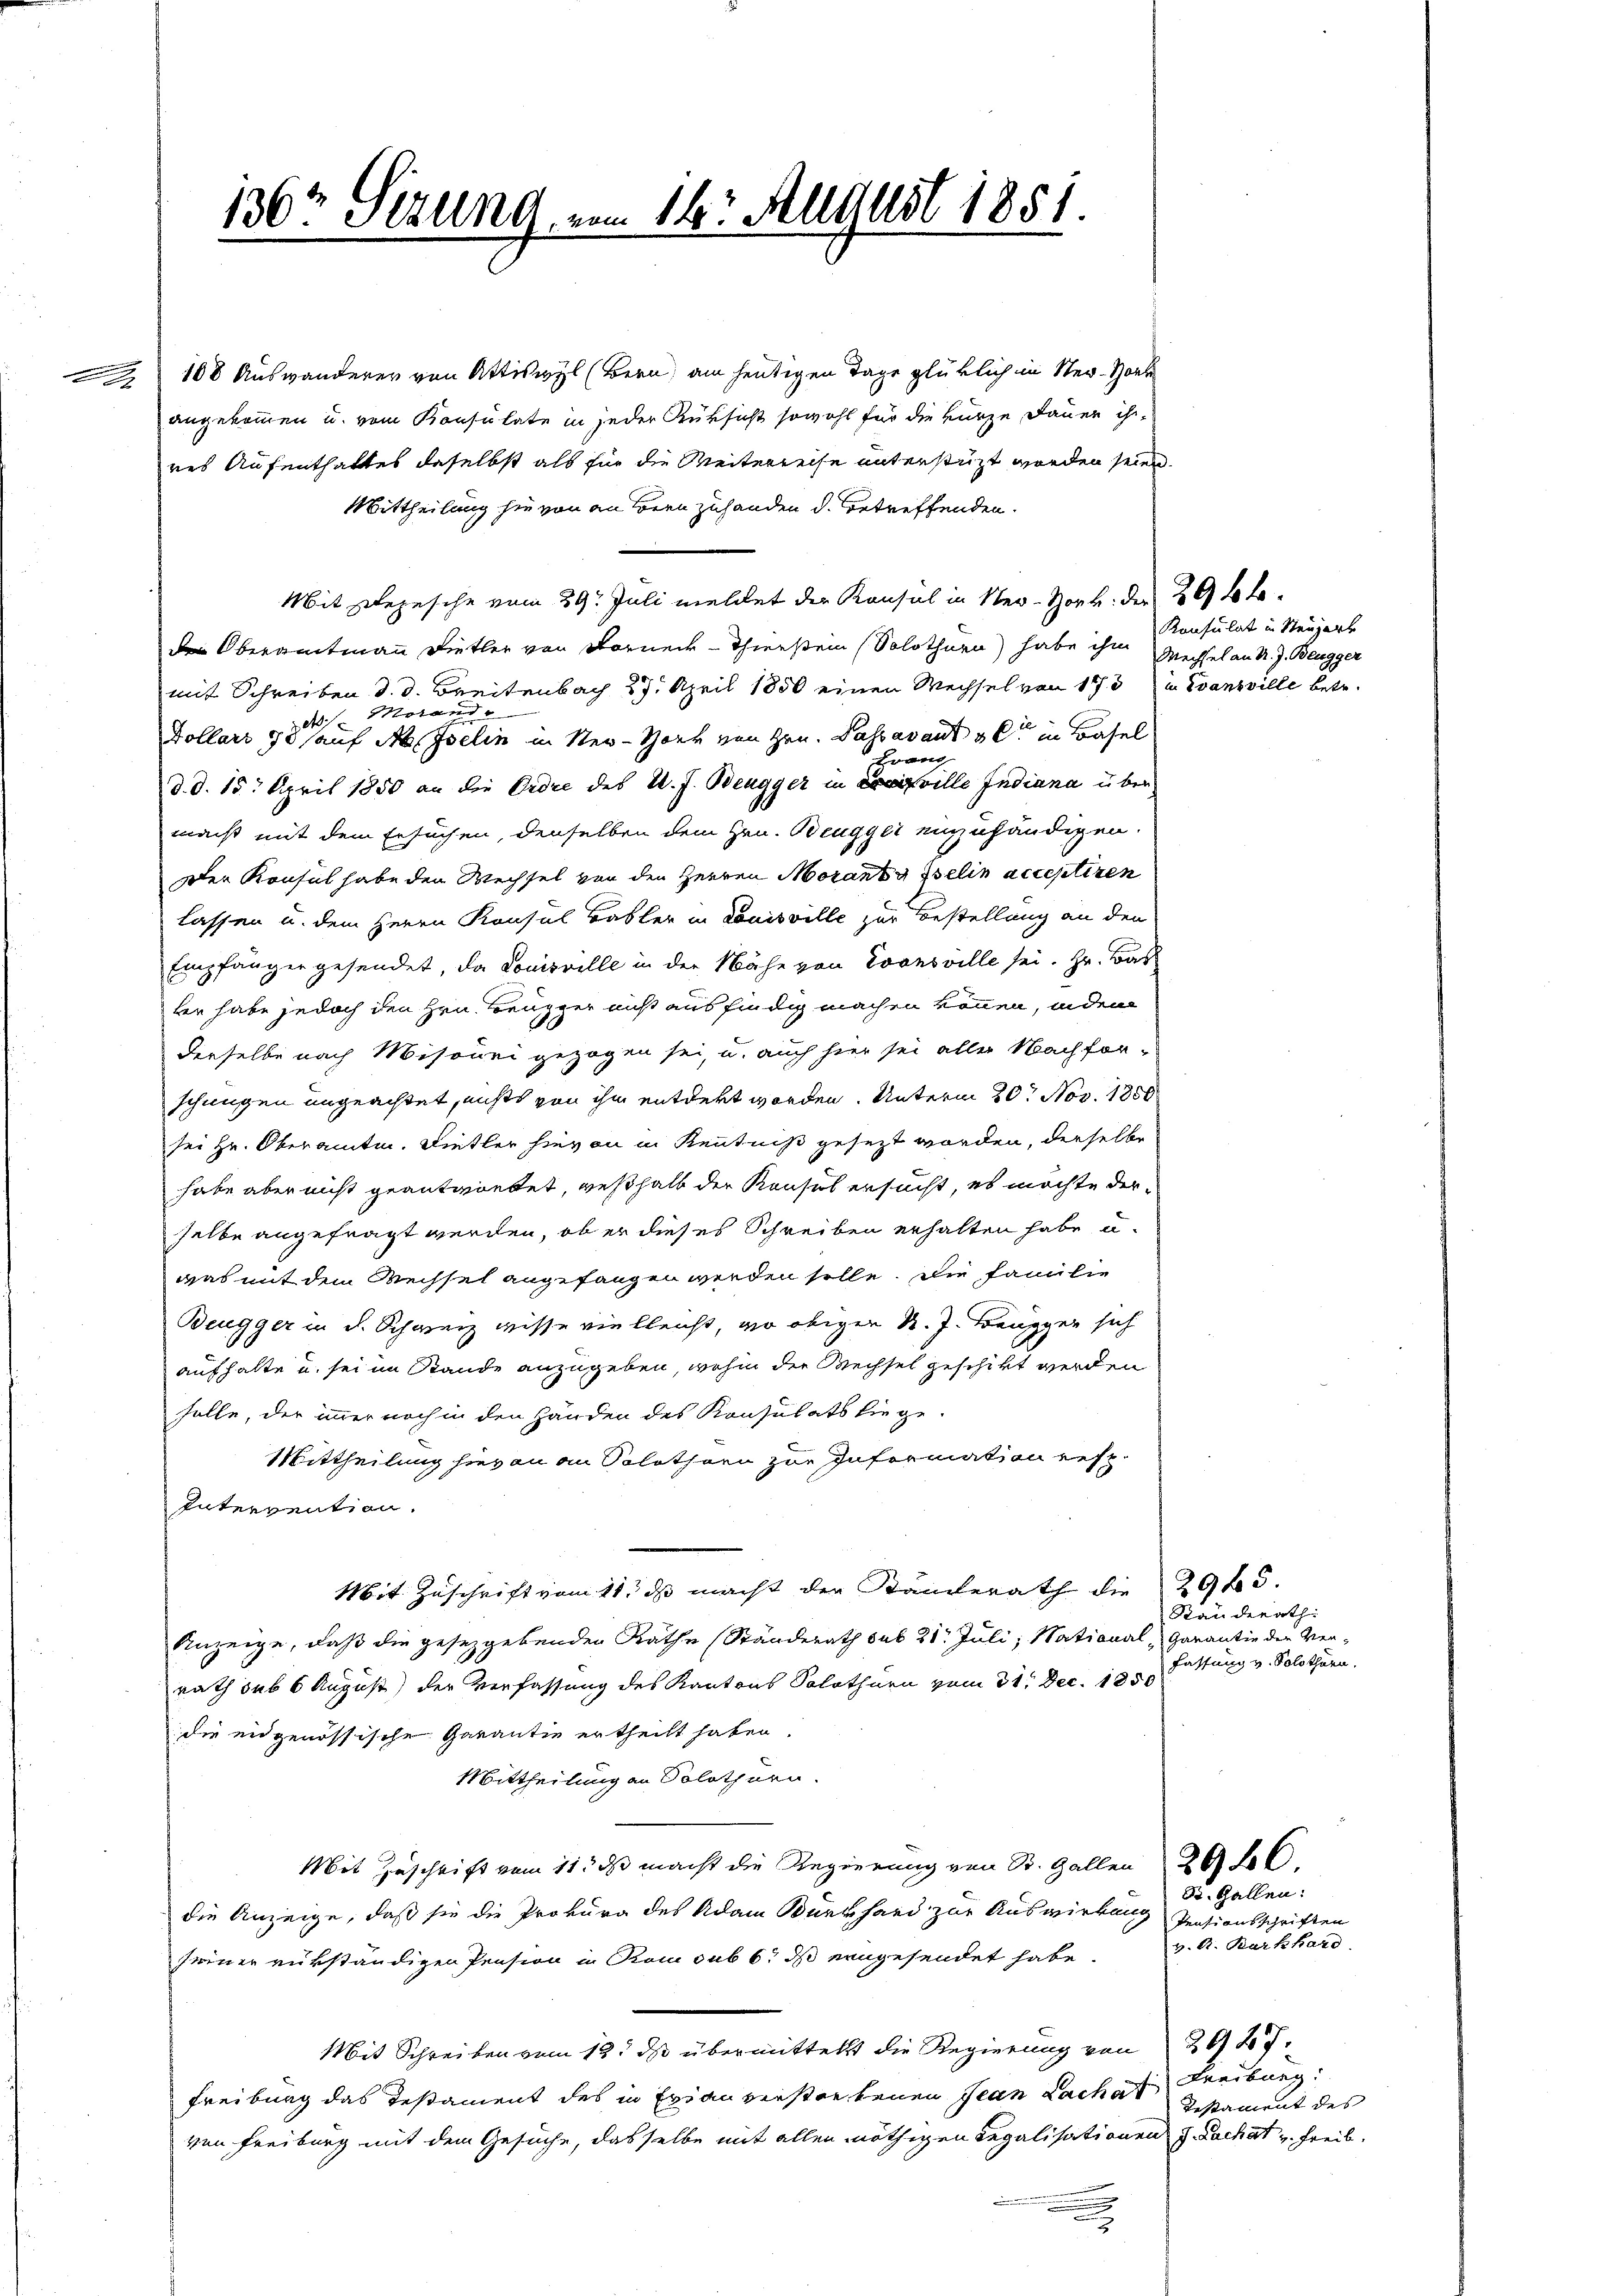
1

136 Stzung, vom 16. August 1851.

108 Auswanderer von Attiswyl (Bern, am heutigen Tage glüklich in Ner-Vorbe
angekommen u. vom Konsulate in jeder Rüksicht sowohl für die kurze Dauer ihr
res Aufenthaltes daselbst als für die Weiterreise unterstüzt worden seien.
Mittheilung sie von an Bern zuhanden d. Betreffenden.
Mit Depesche vom 29. Juli meldet der Konsul in Ner-Horb. der 29 ble
den Oberamtmann Dietler von Forner - Thierstein (Solothurn) habe ihm Mechsel an N. J. Beugger
mit Schreiben d. d. Breitenbach 27. April 1850 einen Wechsel von 173 u. Evansville betr.
n
 tota
Dollari 78 auf Ab. Iselin in New-York von Hrn. Passavant alt in Basel
Fran
d. d. 15. April 1850 an die Ordre des U. J. Beugger in ville Indiana über
macht mit dem Ersuchen, denselben dem Hrn. Beugger einzuhändigen.
Der Konsul habe den Wechsel von den Herren Morant Iselin acceptiren
lassen u. dem Herrn Konsul Basler in Louisville zur Bestellung an den
Empfänger gesendet, da Louisville in der Nähe von Evonsville sei. Hr. Bas
ber habe jedoch den Hrn. Beugger nicht ausfindig machen können, indem
derselbe nach Misonni gezogen sei, u. auch hier sei aller Nachforschungen ungeachtet, nichts von ihm entdekt worden. Unterm 20. Nov. 1850
sei Hr. Oberamte. Dietler hievon in Kenntniß gesezt worden, derselbe
habe aber nicht geantwortet, weßhalb der Konsul ersucht, es möchte der-
selbe angefragt werden, ob er dieses Schreiben erhalten habe u.
was mit dem Wechsel angefangen werden solle. Die Familie
Beugger in d. Schweiz wisse vielleicht, wo obigen d. J. Beugger sich
aufhalte u. sei im Stande anzugeben, wohin der Wechsel geschikt werden
halte, der immer noch in den Händen des Konsulats liege
Mittheilung hier an an Solothurn zur Information resp.
Intervention.
Mit Zuschrift vom 11. ds macht der Kamerath die 295.
Anzeige, daß die gesetzgebenden Räthe (Ständerath sub 21. Juli, National, Garantie der Ver-
rath sub 6 August) der Verfassung des Kantons Solothurn vom 31. Dec. 1856
die eidgenössische Garantie ertheilt haben.
Mittheilung an Solothurn.
Mit Zuschrift vom 11. ds macht die Regierung von St. Gallen 26 SC.
die Anzeige, daß sie die Prokura des Adam Burkhard zur Auswirkung
seiner rükständigen Pension in Rom sub 6. ds eingesendet habe.
Mit Schreiben vom 12. ds übermittelst die Regierung von 26 27
Freiburg das Testament des in Erian verstorbenen Jean Laches Freiburg,
von Freiburg mit dem Gesuche, dasselbe mit allen nöthigen Legalisationen z. Fachat v. Freib

Konsulat in Neugart

Standerath
Fassung v. Solothurn.

S. Gallen:
Pensionsschriften
v. A. Barkhard
Testament des